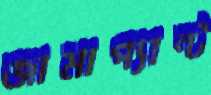
জামাপ্যান্ট